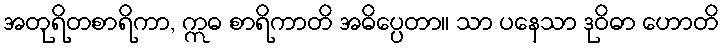
အတုရိတစာရိကာ, ဣဓ စာရိကာတိ အဓိပ္ပေတာ။ သာ ပနေသာ ဒုဝိဓာ ဟောတိ